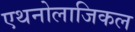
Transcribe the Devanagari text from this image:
एथनोलाजिकल